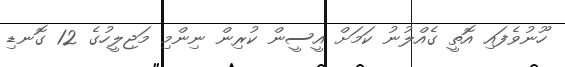
ހޫނުވެފައި އޮތީ ގެއްލުނު ކަމަށް އީސީން ކުރިން ނިންމި މަޖިލީހުގެ 12 ގޮނޑި